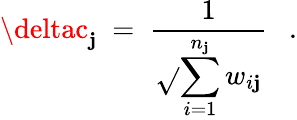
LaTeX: \deltac_{\mathbf{j}}\ =\ \frac{{1}}{{\displaystyle{\sqrt{}{{\sum_{i=1}^{n_{\mathbf{j}}}w_{i\mathbf{j}}}}}}}\ \ \ .